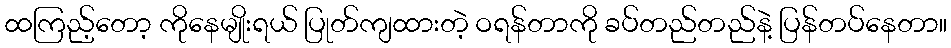
ထကြည့်တော့ ကိုနေမျိုးရယ် ပြုတ်ကျထားတဲ့ ဝရန်တာကို ခပ်တည်တည်နဲ့ ပြန်တပ်နေတာ။